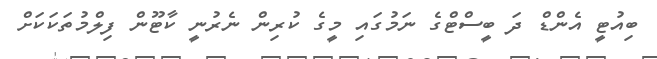
ބިއުޓީ އެންޑް ދަ ބީސްޓްގެ ނަމުގައި މީގެ ކުރިން ނެރުނީ ކާޓޫން ފިލްމުތަކަކަށް